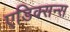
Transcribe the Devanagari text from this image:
एडिक्सन्स